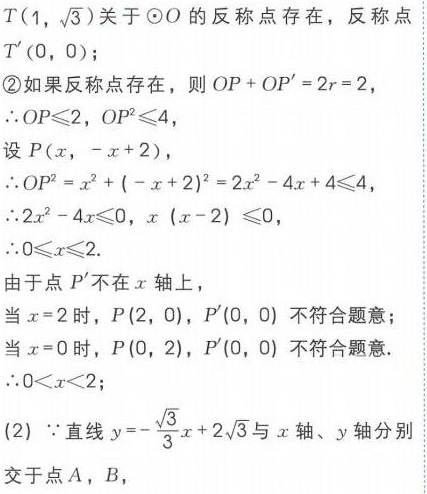
\(T(1,\sqrt{3})\)关于\(\odot O\)的反称点存在，反称点 \(T'(0,0)\)；
\textcircled{2}如果反称点存在，则 \(OP + OP' = 2r=2\)，
\(\therefore OP\leqslant2\)，\(OP^{2}\leqslant4\)，
设 \(P(x,-x + 2)\)，
\(\therefore OP^{2}=x^{2}+(-x + 2)^{2}=2x^{2}-4x + 4\leqslant4\)，
\(\therefore 2x^{2}-4x\leqslant0\)，\(x(x - 2)\leqslant0\)，
\(\therefore 0\leqslant x\leqslant2\).
由于点 \(P'\)不在 \(x\) 轴上，
当 \(x = 2\) 时，\(P(2,0)\)，\(P'(0,0)\) 不符合题意；
当 \(x = 0\) 时，\(P(0,2)\)，\(P'(0,0)\) 不符合题意.
\(\therefore 0<x<2\)；
(2) \(\because\) 直线 \(y =-\frac{\sqrt{3}}{3}x + 2\sqrt{3}\) 与 \(x\) 轴、\(y\) 轴分别交于点 \(A\)，\(B\)，